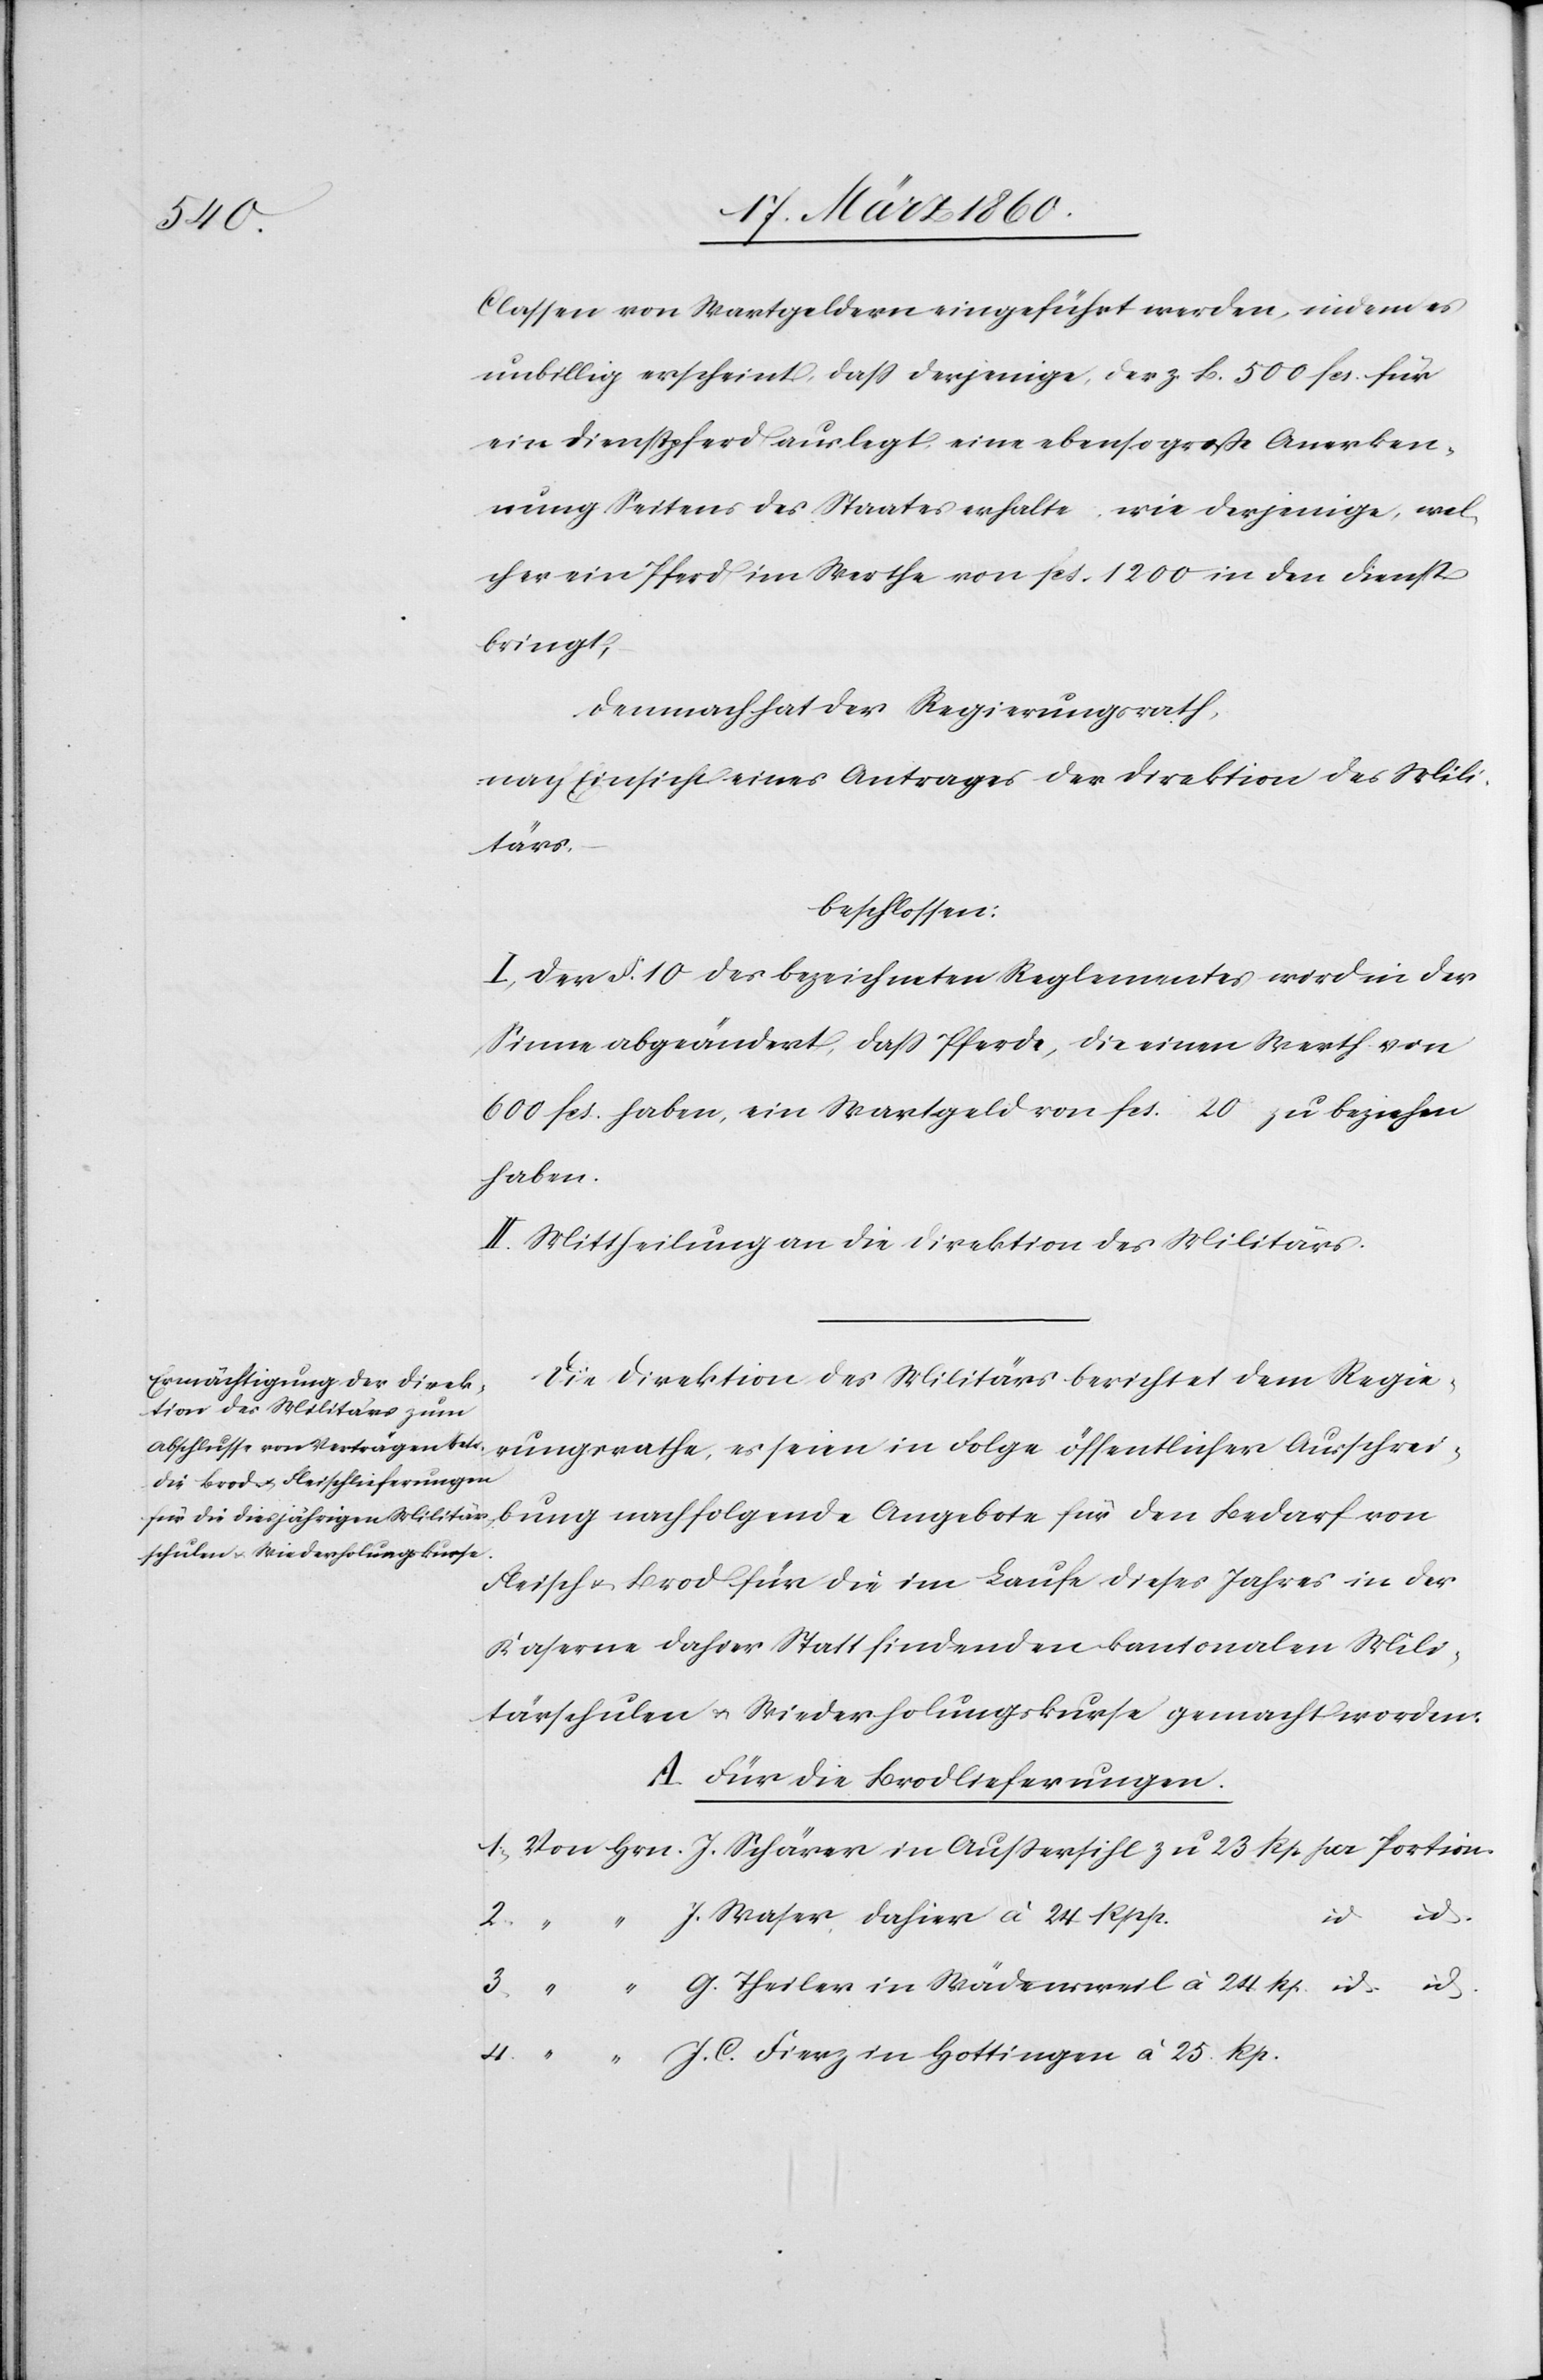
Classen von Wartgeldern eingeführt werden, indem es
unbillig erscheint, dass derjenige, der z. b. 500 fcs. für
ein Dienstpferd auslegt, eine ebenso grosse Anerken¬
nung Seitens des Staates erhalte, wie derjenige, wel¬
cher ein Pferd im Werthe von fcs. 1200 in den Dienst
bringt,
demnach hat der Regierungsrath,
nach Einsicht eines Antrages der Direktion des Mili¬
tärs,
beschlossen:
I. Der §. 10. des bezeichneten Reglementes wird in der
Sinne abgeändert, dass Pferde, die einen Werth von
600 fcs. haben, ein Wartgeld von fcs. 20 zu beziehen
haben.
II. Mittheilung an die Direktion des Militärs.
Die Direktion des Militärs berichtet dem Regie¬
rungsrathe, es seien in Folge öffentlicher Ausschrei¬
Fleisch u. Brod für die im Laufe dieses Jahres in der
Kaserne dahier statt findenden kantonalen Mili¬
tärschulen u. Wiederhohlungskurse gemacht worden.
A. Für die Brodlieferungen.
25.
J. Waser dahier à 24. Rpp.
4.